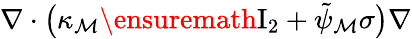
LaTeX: \nabla\cdot\bigl(\kappa_{\mathcal{M}}\ensuremath{{\mathrm{{I}}_{2}}}+\tilde{{\psi}}_{\mathcal{M}}\sigma\bigr)\nabla